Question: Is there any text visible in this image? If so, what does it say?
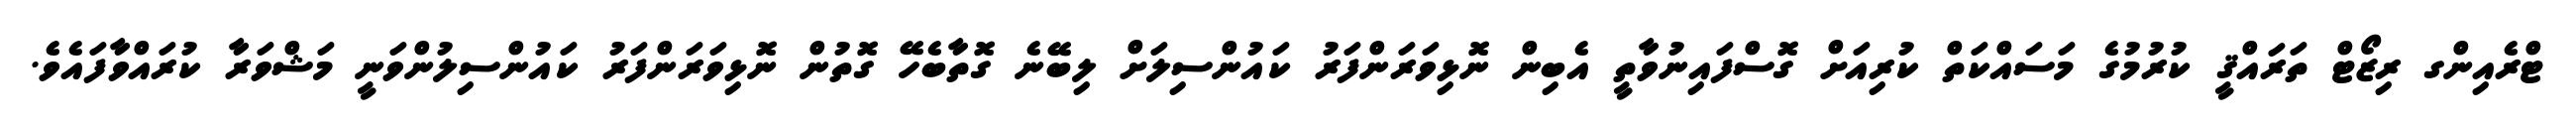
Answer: ޓްރެއިންގ ރިޒޯޓް ތަރައްޤީ ކުރުމުގެ މަސައްކަތް ކުރިއަށް ގޮސްފައިނުވާތީ އެބިން ނޮޅިވަރަންފަރު ކައުންސިލަށް ލިބޭނެ ގޮތާބެހޭ ގޮތުން ނޮޅިވަރަންފަރު ކައުންސިލުންވަނީ މަޝްވަރާ ކުރައްވާފައެވެ.